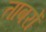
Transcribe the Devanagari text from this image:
त्ताबरों